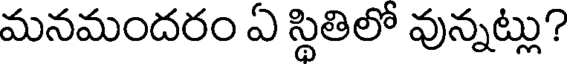
మనమందరం ఏ స్థితిలో వున్నట్లు?